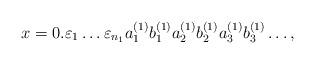
LaTeX: \begin{align*}x=0.\varepsilon_{1}\ldots\varepsilon_{n_{1}}a^{(1)}_{1}b^{(1)}_{1}a^{(1)}_{2}b^{(1)}_{2}a^{(1)}_{3}b^{(1)}_{3}\ldots,\end{align*}